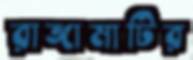
রাঙ্গামাটির